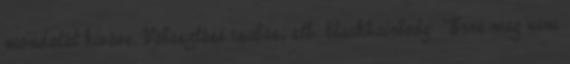
mondatát kivéve. Választási csalás, stb. blackhairlady: "Erre meg nem